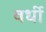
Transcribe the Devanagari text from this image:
वर्धी